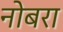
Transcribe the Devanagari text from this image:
नोबरा